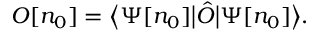
O [ n _ { 0 } ] = { \big \langle } \Psi [ n _ { 0 } ] { \big | } { \hat { O } } { \big | } \Psi [ n _ { 0 } ] { \big \rangle } .